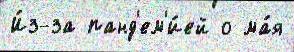
И́з-за панд'ем'и́ей о ма́я